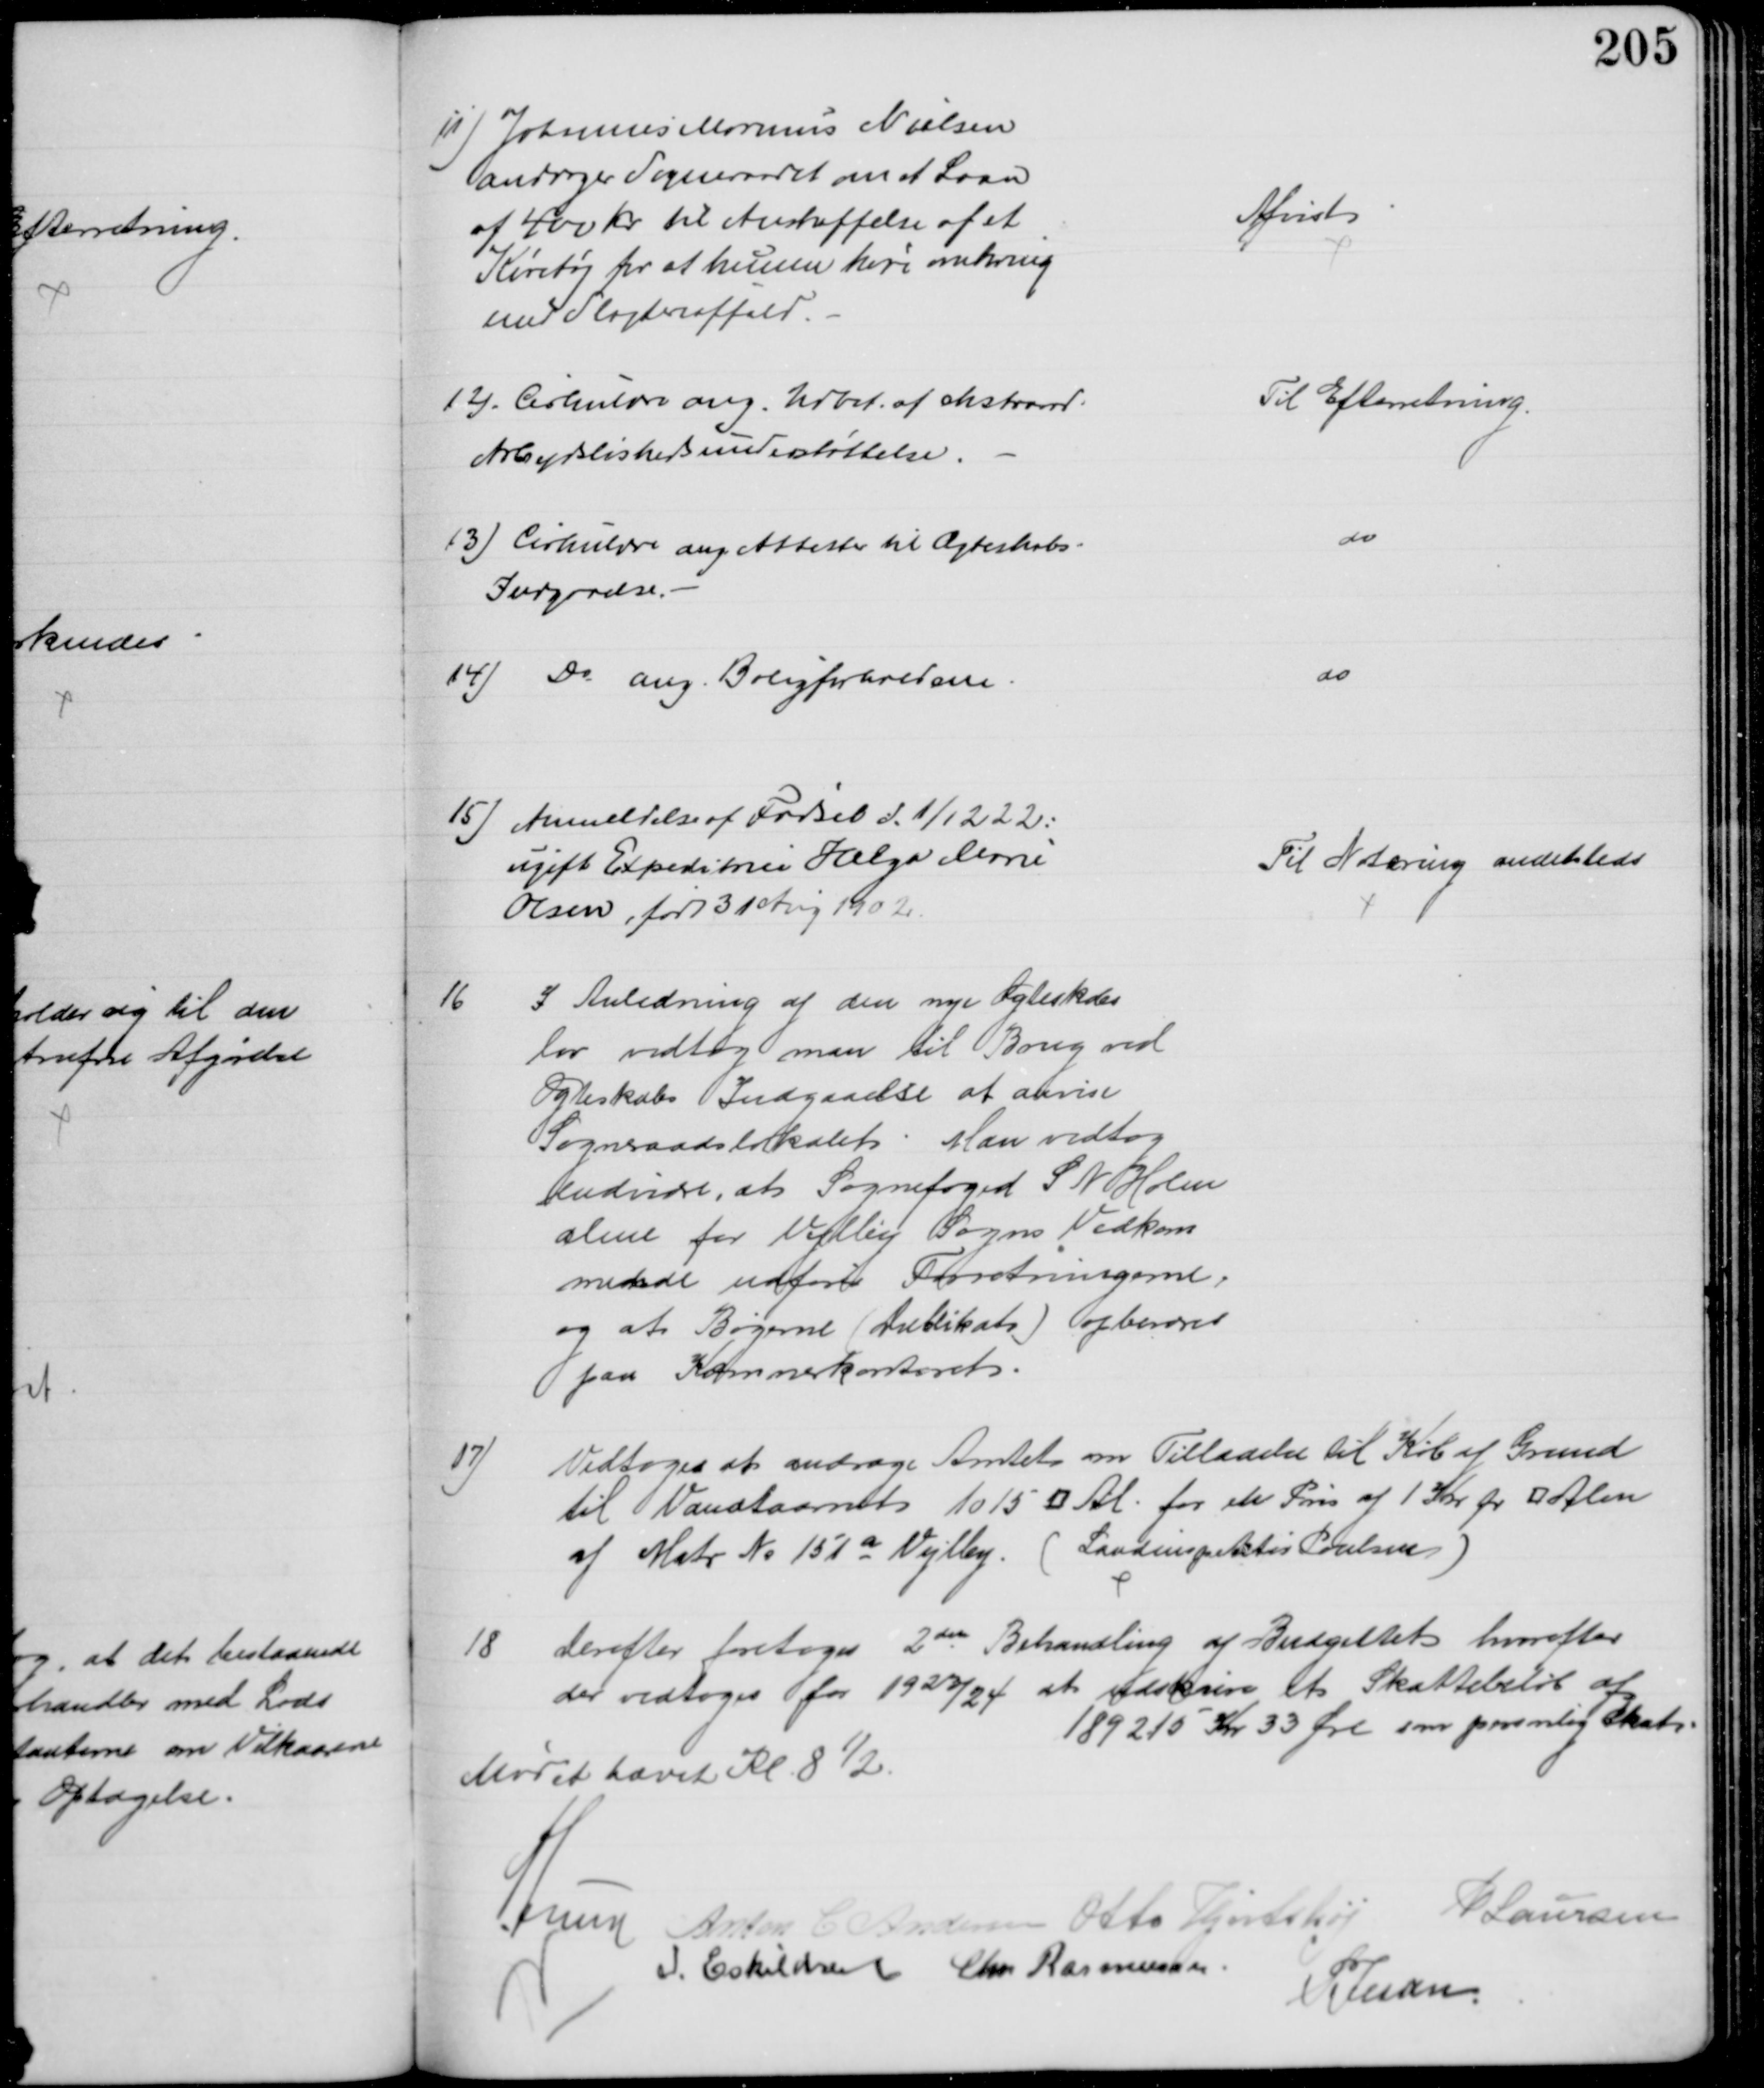
Transskription:
11) Johannes Marinus Nielsen
andrager Sogneraadet om et Laan
af 400 Kr til Anskaffelse af et
Køretøj for at kunne køre omkring
med Slagteriaffald.
Afvist
12). Cirkulære ang. Udbet. af ekstraord.
Arbejdsløshedsunderstøttelse.
Til Efterretning.
13) Cirkulære ang. Attester til Ægteskabs-
Indgaaelse.
do
14) Do ang. Boligforholdene
do
15) Anmeldelse af Fødsel d. 1/12 22:
ugift Expeditrice Helga Marie
Olsen, født 31 Aug 1902.
Til Notering andensteds
16
I Anledning af den nye Ægteskabs
lov vedtog man til Brug ved
Ægteskabs Indgaaelse at anvise
Sogneraadslokalet. Man vedtog
endvidre, at Sognefoged S N Holm
alene for Vejlby Sogns Vedkom
mende udfører Forretningerne,
og at Bøgerne (Dublikat) opbevares
paa Kæmnerkontoret.
17)
Vedtoges at andrage Amtet om Tilladelse til Køb af Grund
til Vandtaarnet 1015 □ Al for en Pris af 1 Kr pr □ Alen
af Matr № 151a Vejlby. (Landinspektør Poulsen)
18
Derefter foretoges 2den Behandling af Budgettet hvorefter
der vedtoges for 1923/24 at udskrive et Skattebeløb af 
189215 Kr 33 Øre som personlig Skat.
Mødet hævet Kl. 8½.
A Lund Anton C Andersen Otto Hjortshøj
P Laursen
I. Eskildsen Chr Rasmussen
P Jessen